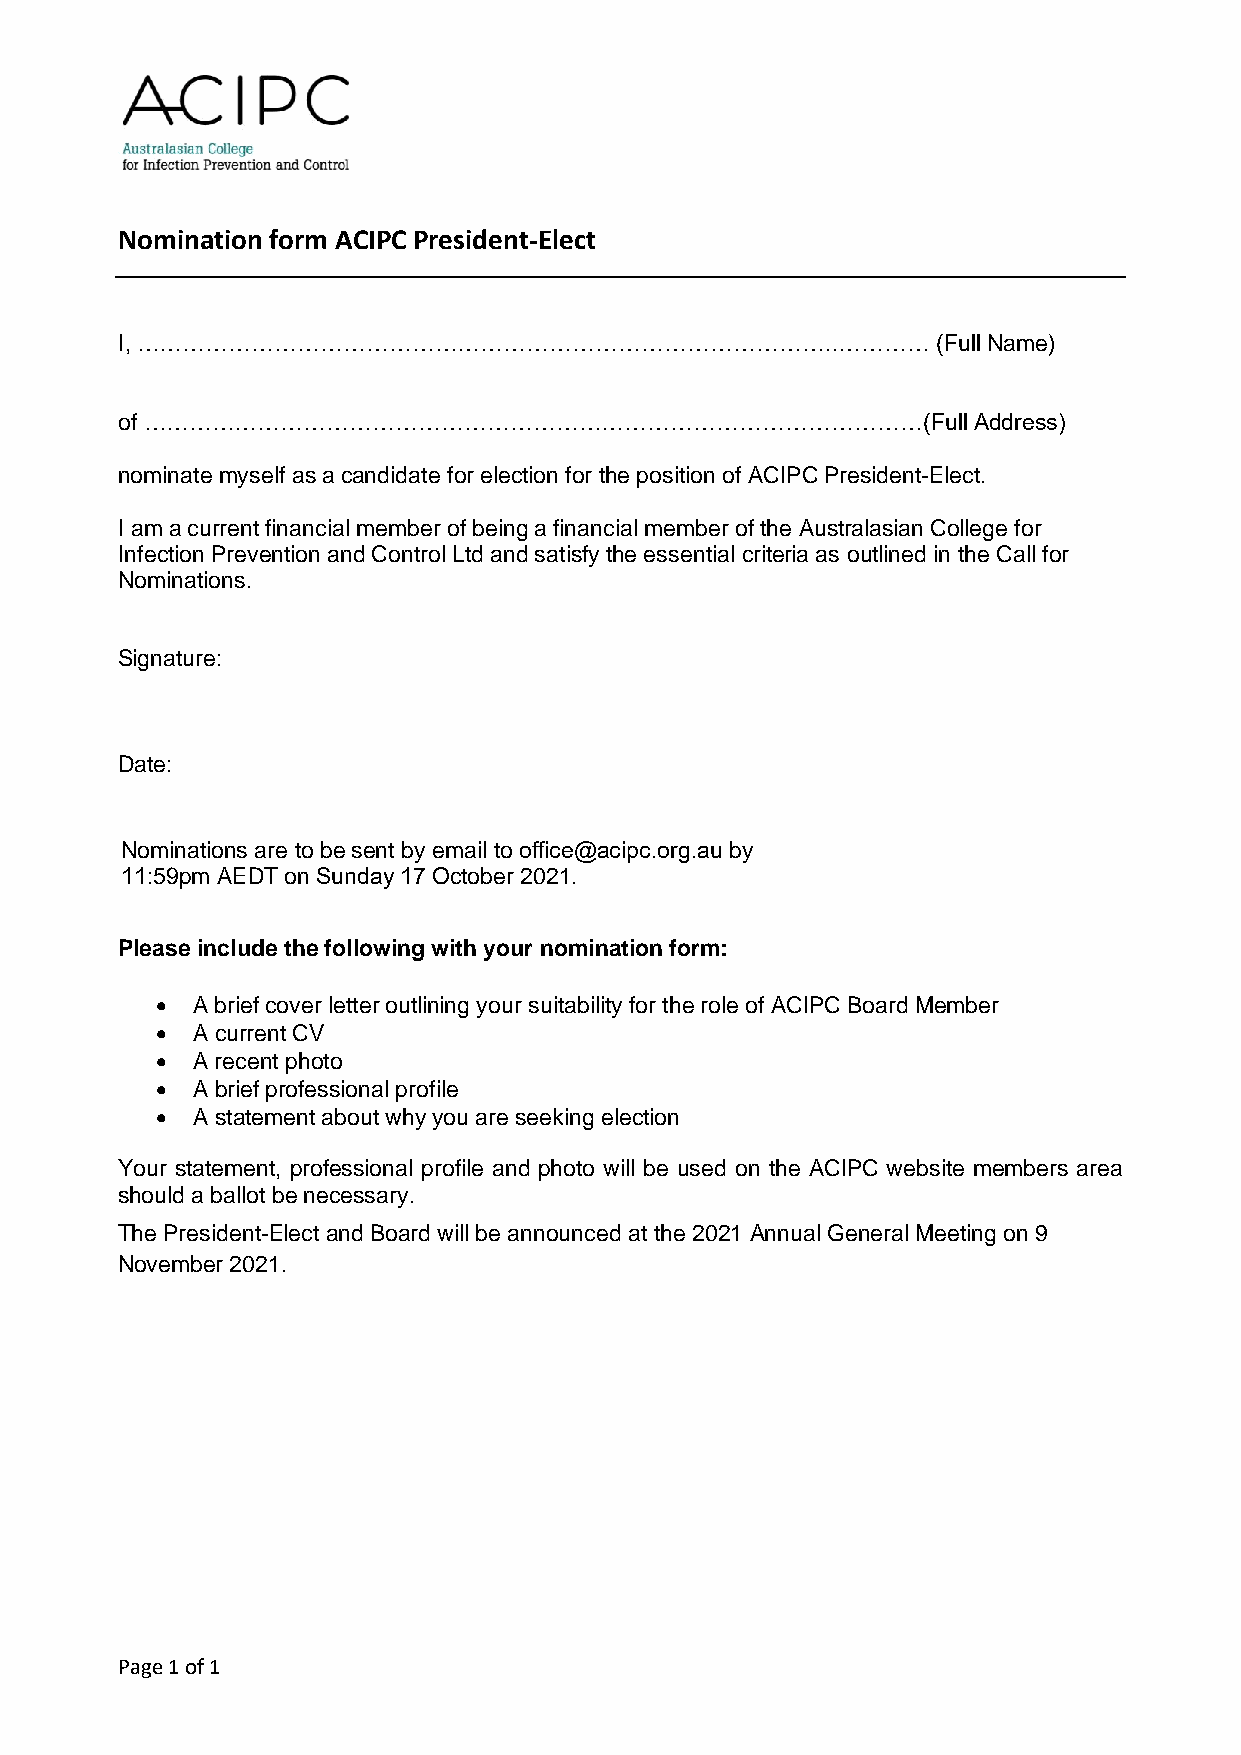
Nomination form ACIPC President-Elect
 I, ………………………………………………………………………………..…………               (Full Name)
 of …………………………………………………………………………………………(Full              Address)
 nominate myself as a candidate for election for the position of ACIPC President-Elect.
 I am a current financial member of being a financial member of the Australasian College for
 Infection Prevention and Control Ltd and satisfy the essential criteria as outlined in the Call for
 Nominations.
 Signature:
 Date:
 N ominations are to be sent by email to office@acipc.org.au by
 11:59pm AEDT on Sunday 17 October 2021.
 Please include the following with your nomination form:
 •  A brief cover letter outlining your suitability for the role of ACIPC Board Member
 •  A current CV
 •  A recent photo
 •  A brief professional profile
 •  A statement about why you are seeking election
 Your statement, professional profile and photo will be used on the ACIPC website members area
 should a ballot be necessary.
 The President-Elect and Board will be announced at the 2021 Annual General Meeting on 9
 November 2021.
 Page 1 of 1